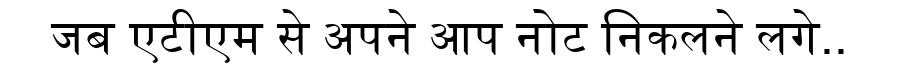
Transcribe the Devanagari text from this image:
जब एटीएम से अपने आप नोट निकलने लगे..